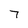
Character: 7